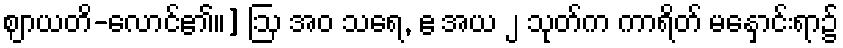
ဈာယတိ-လောင်၏။] ဩ အဝ သရေ, ဧ အယ ၂ သုတ်က ကာရိတ် မနှောင်းရာ၌